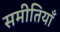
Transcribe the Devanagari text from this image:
समीतियाँ